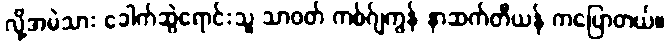
လို့အမဲသား ခေါက်ဆွဲရောင်းသူ သာဝတ် ကစ်ဂ်ျကွန် နာဆက်တီယန် ကပြောတယ်။